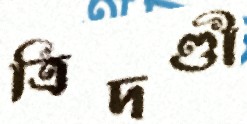
ত্রিদণ্ডী